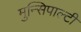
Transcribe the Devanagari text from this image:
मुन्सिपाल्टी